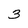
Character: 3